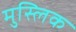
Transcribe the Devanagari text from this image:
मुस्लिक